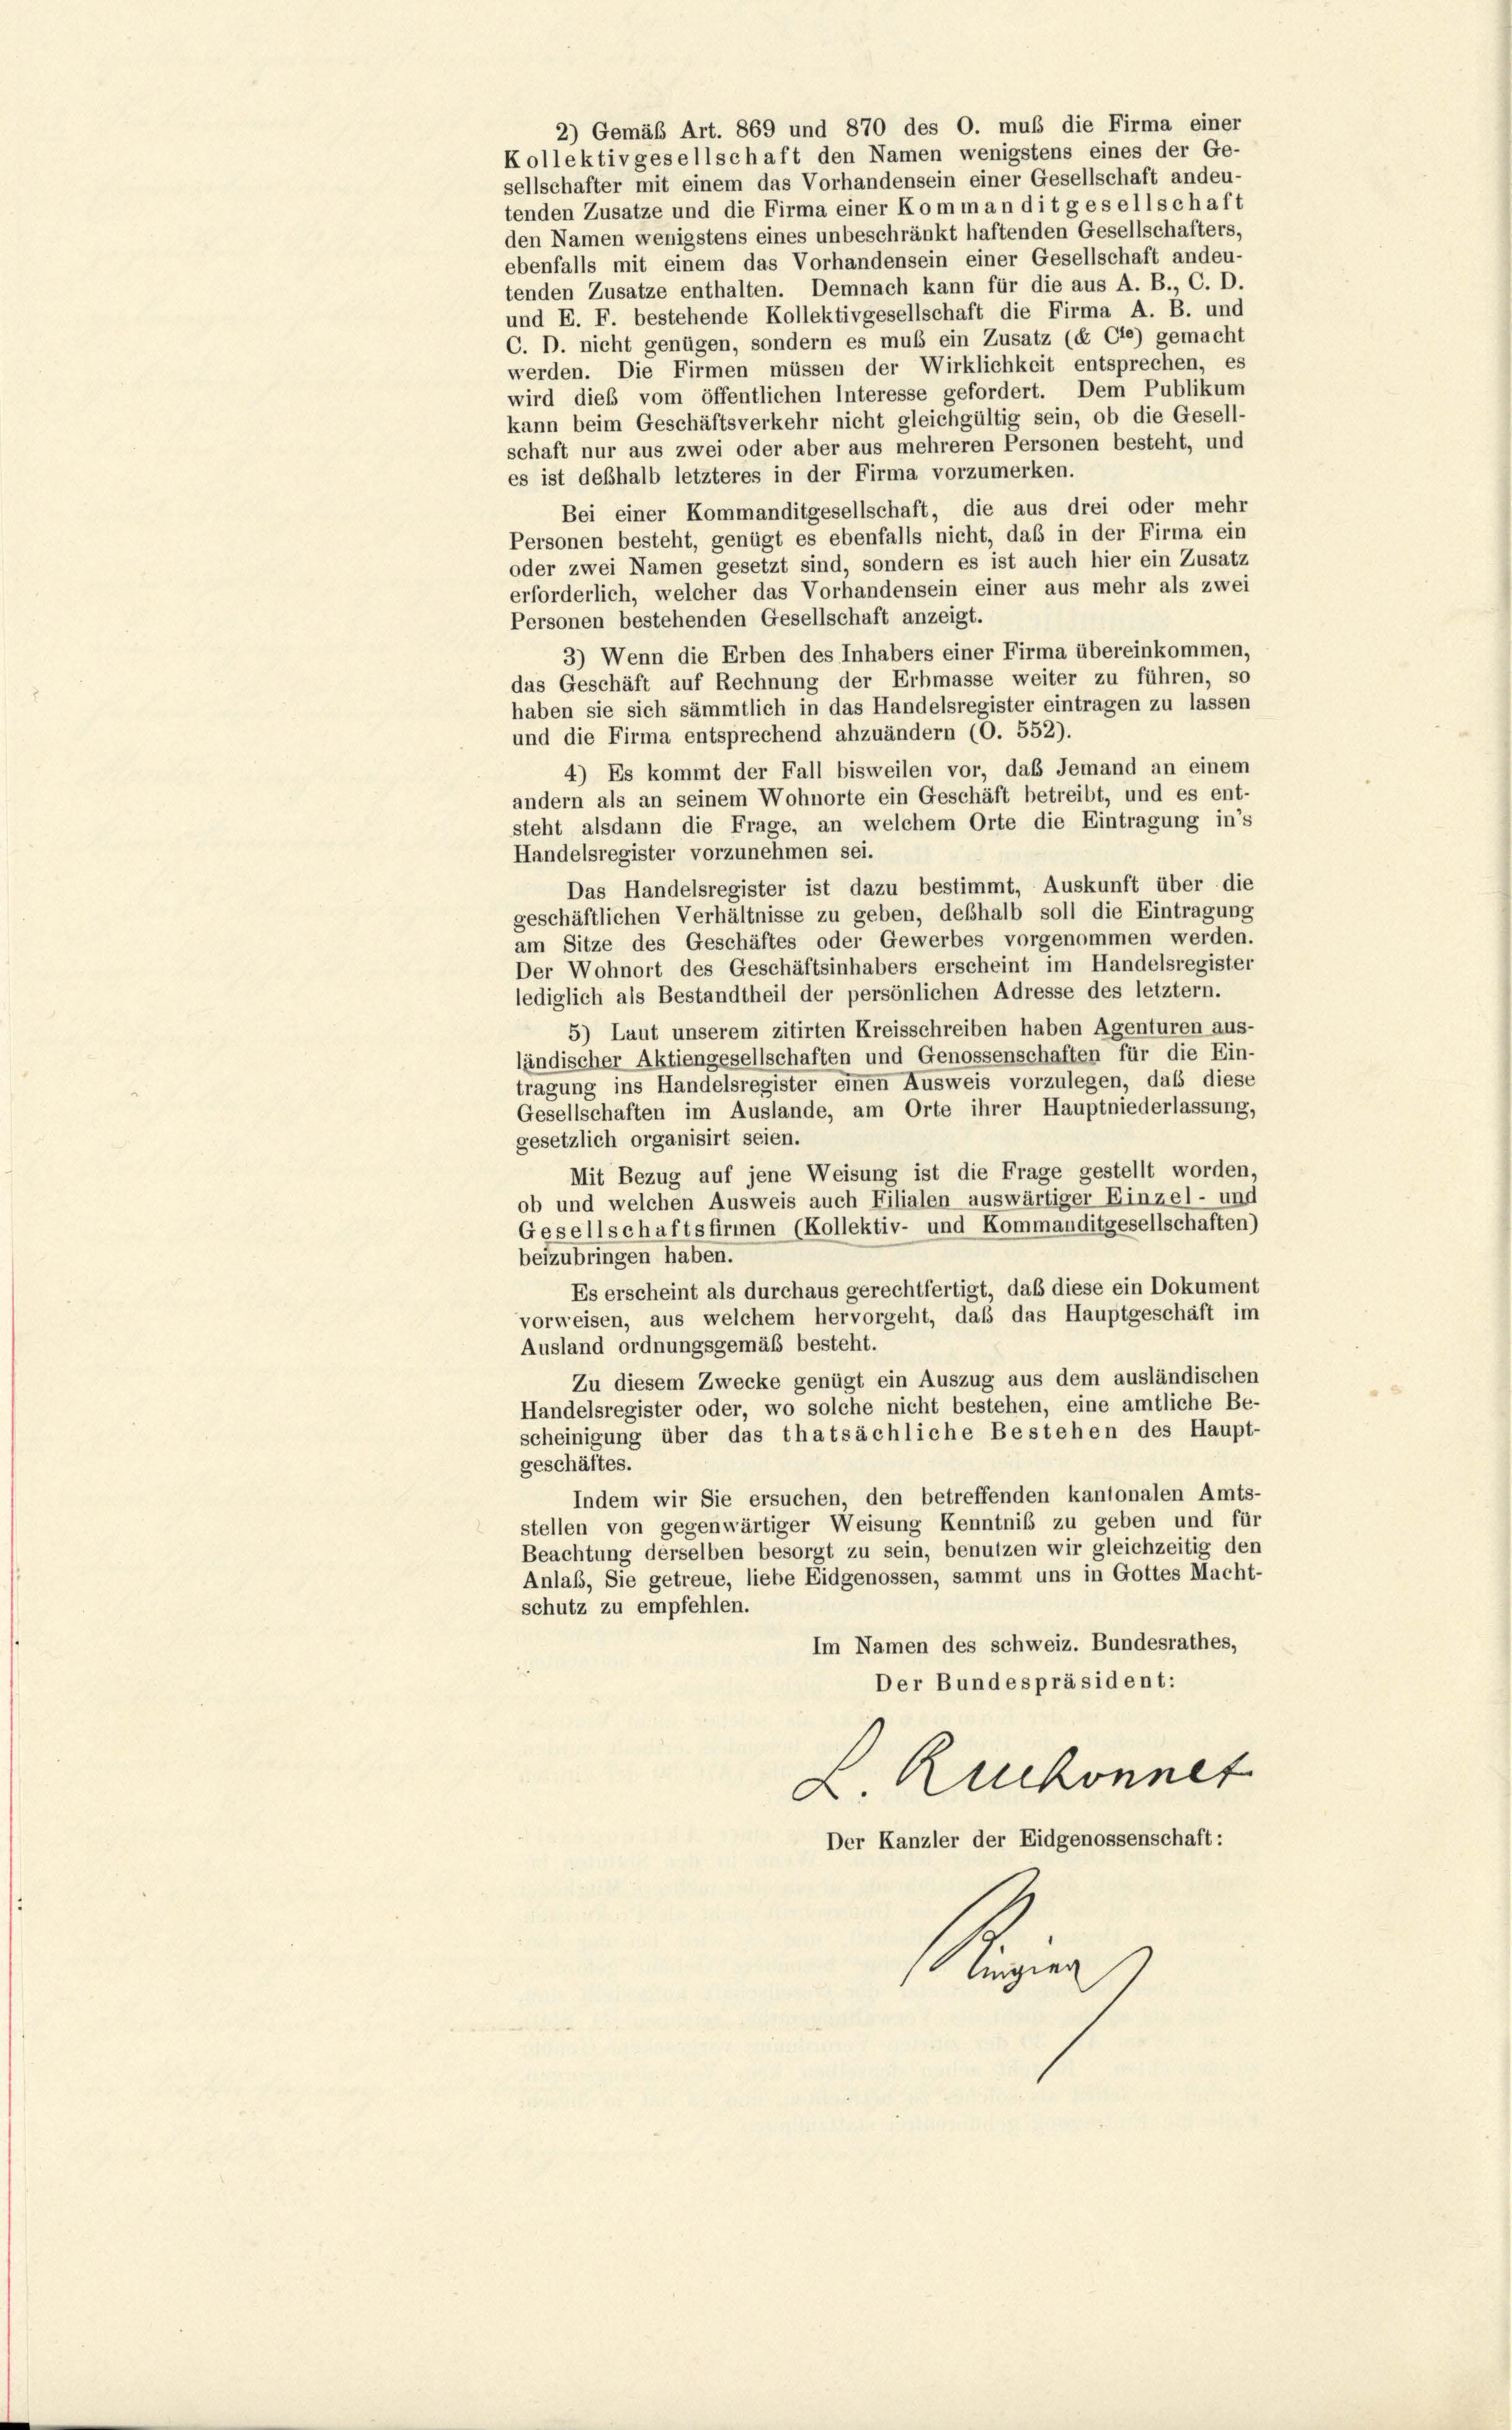
2) Gemäß Art. 869 und 870 des O. muß die Firma einer
Kollektivgesellschaft den Namen wenigstens eines der Ge-
sellschafter mit einem das Vorhandensein einer Gesellschaft andeu-
tenden Zusatze und die Firma einer Komm an dit gesellschaft
den Namen wenigstens eines unbeschränkt haftenden Gesellschafters,
ebenfalls mit einem das Vorhandensein einer Gesellschaft andeu-
tenden Zusatze enthalten. Demnach kann für die aus A. B., C. D.
und E. F. bestehende Kollektivgesellschaft die Firma A. B. und
C. D. nicht genügen, sondern es muß ein Zusatz (& Cie) gemacht
werden. Die Firmen müssen der Wirklichkeit entsprechen, es
wird dieß vom öffentlichen Interesse gefordert. Dem Publikum
kann beim Geschäftsverkehr nicht gleichgültig sein, ob die Gesell-
schaft nur aus zwei oder aber aus mehreren Personen besteht, und
es ist deßhalb letzteres in der Firma vorzumerken.
Bei einer Kommanditgesellschaft, die aus drei oder mehr
Personen besteht, genügt es ebenfalls nicht, daß in der Firma ein
oder zwei Namen gesetzt sind, sondern es ist auch hier ein Zusatz
erforderlich, welcher das Vorhandensein einer aus mehr als zwei
Personen bestehenden Gesellschaft anzeigt.
3) Wenn die Erben des Inhabers einer Firma übereinkommen,
das Geschäft auf Rechnung der Erbmasse weiter zu führen, so
haben sie sich sämmtlich in das Handelsregister eintragen zu lassen
und die Firma entsprechend abzuändern (O. 552).
4) Es kommt der Fall bisweilen vor, das Jemand an einem
andern als an seinem Wohnorte ein Geschäft betreibt, und es ent-
steht alsdann die Frage, an welchem Orte die Eintragung in’s
Handelsregister vorzunehmen sei.
Das Handelsregister ist dazu bestimmt, Auskunft über die
geschäftlichen Verhältnisse zu geben, deßhalb soll die Eintragung
am Sitze des Geschäftes oder Gewerbes vorgenommen werden.
Der Wohnort des Geschäftsinhabers erscheint im Handelsregister
lediglich als Bestandtheil der persönlichen Adresse des letztem.
5) Laut unserem zitirten Kreisschreiben haben Agenturen aus-
ländischer Aktiengesellschaften und Genossenschaften für die Ein-
tragung ins Handelsregister einen Ausweis vorzulegen, daß diese
Gesellschaften im Auslande, am Orte ihrer Hauptniederlassung,
gesetzlich organisirt seien.
Mit Bezug auf jene Weisung ist die Frage gestellt worden,
ob und welchen Ausweis auch Filialen auswärtiger Einzel- und
Gesellschaftsfirmen (Kollektiv- und Kommanditgesellschaften)
beizubringen haben.
Es erscheint als durchaus gerechtfertigt, daß diese ein Dokument
vorweisen, aus welchem hervorgeht, daß das Hauptgeschäft im
Ausland ordnungsgemäß besteht.
Zu diesem Zwecke genügt ein Auszug aus dem ausländischen
Handelsregister oder, wo solche nicht bestehen, eine amtliche Be-
scheinigung über das thatsächliche Bestehen des Haupt-
geschäftes.
Indem wir Sie ersuchen, den betreffenden kantonalen Amts-
stellen von gegenwärtiger Weisung Kenntniß zu geben und für
Beachtung derselben besorgt zu sein, benutzen wir gleichzeitig den
Anlaß, Sie getreue, liebe Eidgenossen, sammt uns in Gottes Macht-
schutz zu empfehlen.
Im Namen des schweiz. Bundesrathes,
Der Bundespräsident:
L Ruckonnet
Der Kanzler der Eidgenossenschaft:
Ringier